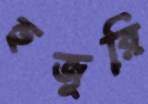
হুজুরি